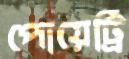
পোয়েট্রি